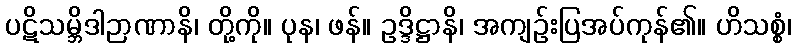
ပဋိသမ္ဘိဒါဉာဏာနိ၊ တို့ကို။ ပုန၊ ဖန်။ ဥဒ္ဒိဋ္ဌာနိ၊ အကျဉ်းပြအပ်ကုန်၏။ ဟိသစ္စံ၊